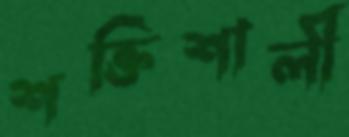
শক্তিশালী